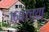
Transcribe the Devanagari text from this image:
१६०७च्या